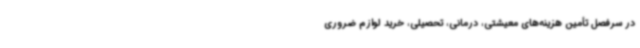
در سرفصل تأمین هزینه‌های معیشتی، درمانی، تحصیلی، خرید لوازم ضروری